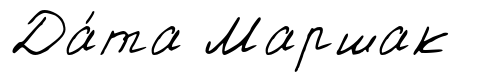
Да́та Маршак